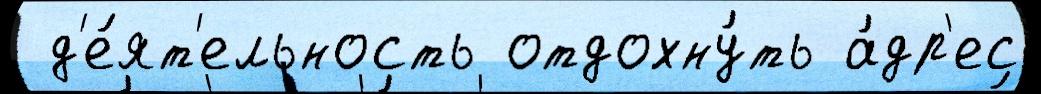
 д'е́ят'ельность отдохну́ть а́др'ес